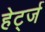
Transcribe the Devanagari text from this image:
हेर्ट्ज